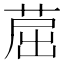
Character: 䓛